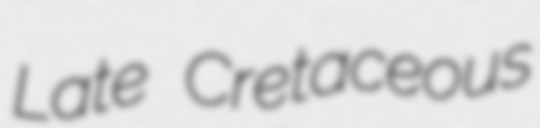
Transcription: Late Cretaceous